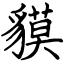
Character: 貘